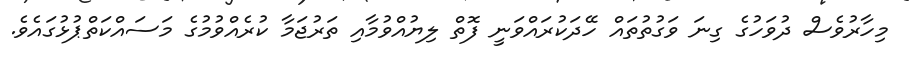
މިހާރުވެސް ދުވަހުގެ ގިނަ ވަގުތުތައް ހޭދަކުރައްވަނީ ފޮތް ލިޔުއްވުމާއި ތަރުޖަމާ ކުރެއްވުމުގެ މަސައްކަތްޕުޅުގައެވެ.